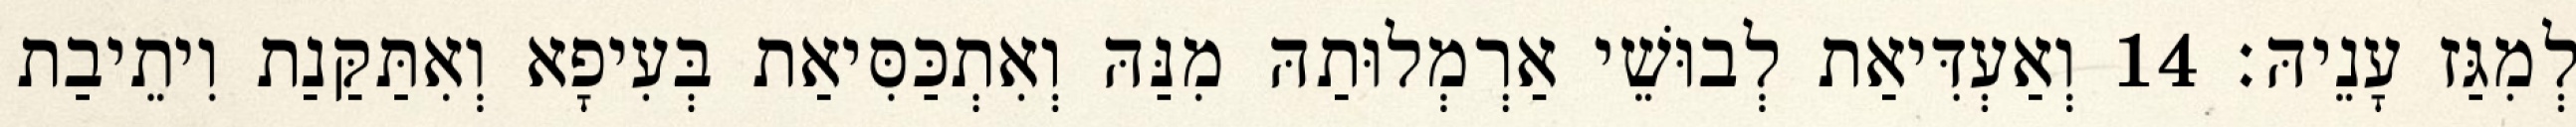
לְמִגַּז עָנֵיהּ׃ 14 וְאַעְדִּיאַת לְבוּשֵׁי אַרְמְלוּתַהּ מִנַּהּ וְאִתְכַּסִּיאַת בְּעִיפָא וְאִתַּקַּנַת וִיתֵיבַת